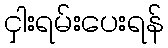
ငှါးရမ်းပေးရန်